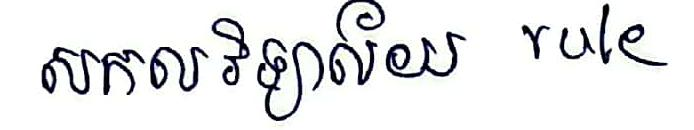
សកលវិទ្យាល័យ rule